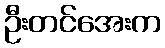
ဦးတင်အေးက